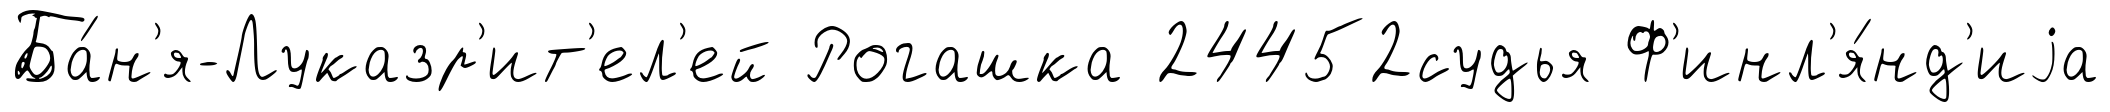
Ба́н'я-Луказр'ит'ел'ей Рогашка 24452судья Ф'инл'я́нд'иjа